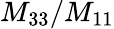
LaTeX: M_{33}/M_{11}